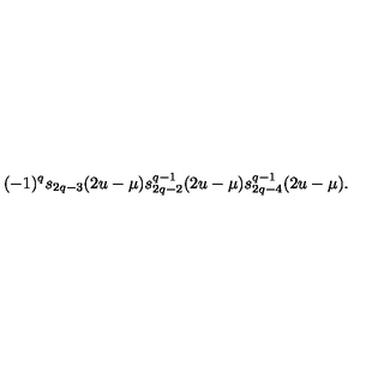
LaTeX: ( - 1 ) ^ { q } s _ { 2 q - 3 } ( 2 u - \mu ) s _ { 2 q - 2 } ^ { q - 1 } ( 2 u - \mu ) s _ { 2 q - 4 } ^ { q - 1 } ( 2 u - \mu ) .